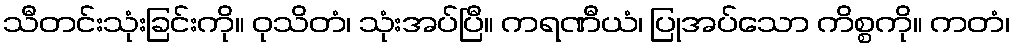
သီတင်းသုံးခြင်းကို။ ဝုသိတံ၊ သုံးအပ်ပြီ။ ကရဏီယံ၊ ပြုအပ်သော ကိစ္စကို။ ကတံ၊